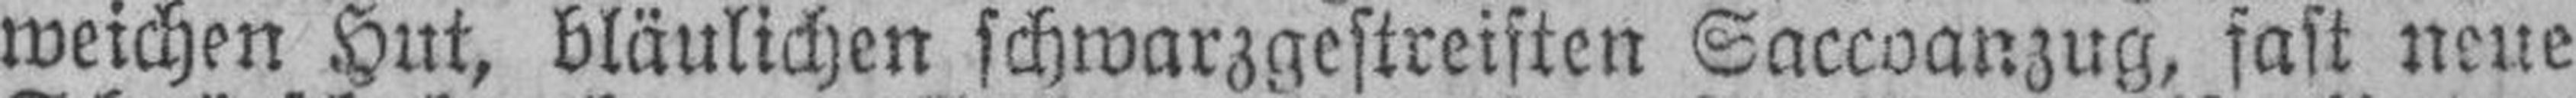
weichen Hut, bläulichen schwarzgestreiften Saccoanzug, fast neue